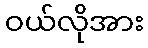
ဝယ်လိုအား